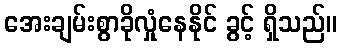
အေးချမ်းစွာခိုလှုံနေနိုင် ခွင့် ရှိသည်။